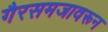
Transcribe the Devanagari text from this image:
गैरसमजावरून